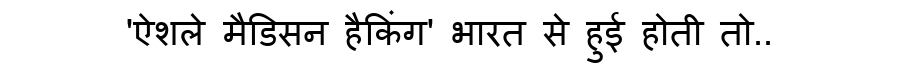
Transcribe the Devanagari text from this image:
'ऐशले मैडिसन हैकिंग' भारत से हुई होती तो..